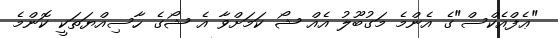
"ޢެފްއެކްސް"ގެ އެންމެ މަގުބޫލު އެއް ޝޯ ކަމަށްވާ އެ ޝޯގެ ހާސިއްޔަތަކީ ކޮންމެ